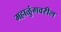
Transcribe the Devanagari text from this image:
महाळुंगवरील